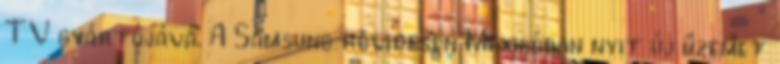
TV gyártójává. A Samsung rövidesen Mexikóban nyit új üzemet